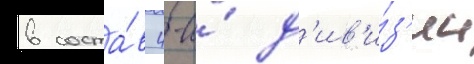
в соста́в 4-и́ д'ив'и́з'ии